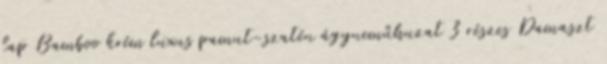
lap Bamboo krém luxus pamut-szatén ágyneműhuzat 3 részes Damaszt